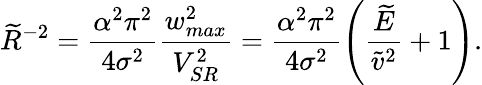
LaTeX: \widetilde{R}^{-2}=\frac{\alpha^{2}\pi^{2}}{4\sigma^{2}}\frac{w_{max}^{2}}{V_{SR}^{2}}=\frac{\alpha^{2}\pi^{2}}{4\sigma^{2}}\left(\frac{\widetilde{E}}{\widetilde{v}^{2}}+1\right).